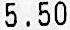
5.50